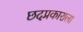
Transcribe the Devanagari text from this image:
छदप्रकाराला